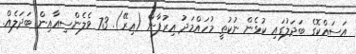
އަސައްކޮގެ ބަދަލުގައި ކުޅެން ނުކުތީ މުހައްމަދު އިރުފާން (އިރޭ). 73 ވެލެންސިއާއިން ބަދަލެއް.